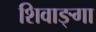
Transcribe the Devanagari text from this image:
शिवाङ्गा